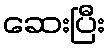
ဆေးပြီး